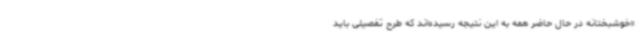
«خوشبختانه در حال حاضر همه به این نتیجه رسیده‌اند که طرح تفصیلی باید